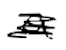
Text: a
Cross-out: scratch
Writing tool: digital_black